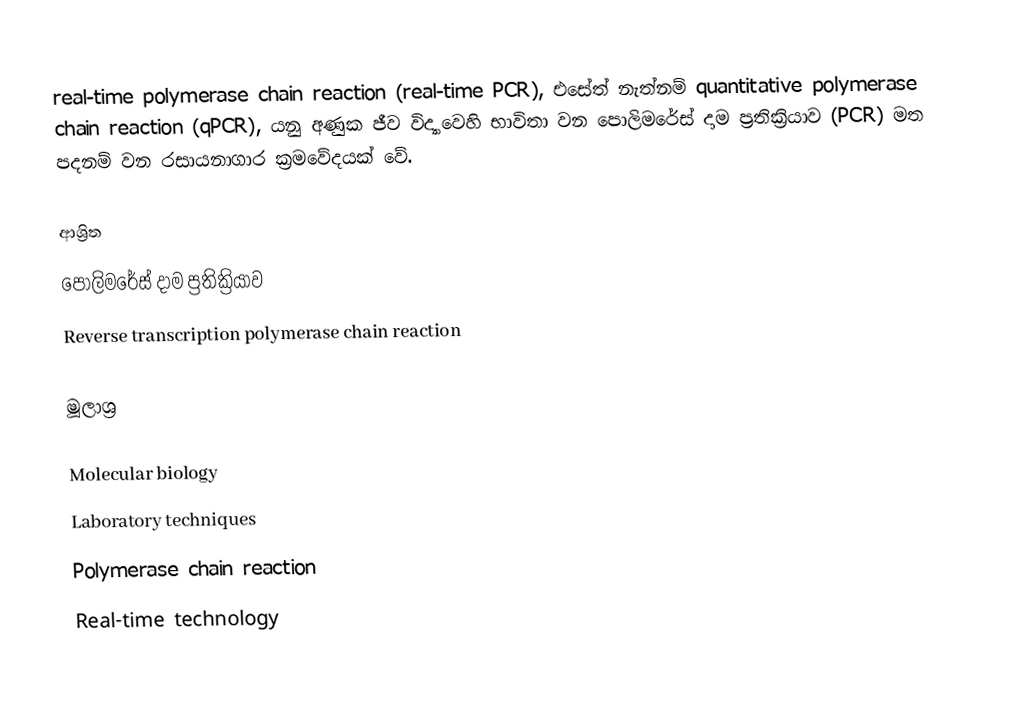
real-time polymerase chain reaction (real-time PCR), එසේත් නැත්නම් quantitative polymerase chain reaction (qPCR), යනු අණුක ජීව විද්‍යාවෙහි භාවිතා වන පොලිමරේස්‌ දාම ප්‍රතික්‍රියාව (PCR) මත පදනම් වන රසායනාගාර ක්‍රමවේදයක් වේ.

ආශ්‍රිත
 පොලිමරේස්‌ දාම ප්‍රතික්‍රියාව
 Reverse transcription polymerase chain reaction

මූලාශ්‍ර

Molecular biology
Laboratory techniques
Polymerase chain reaction
Real-time technology